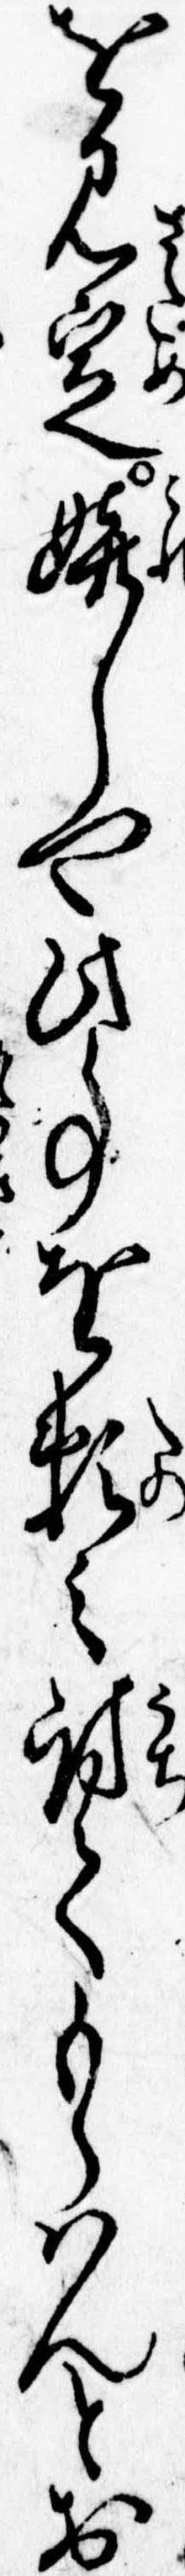
を見定嬉しや此事を頼み討てもらはんとお